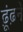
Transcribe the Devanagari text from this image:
ढ़ूंढ़ने